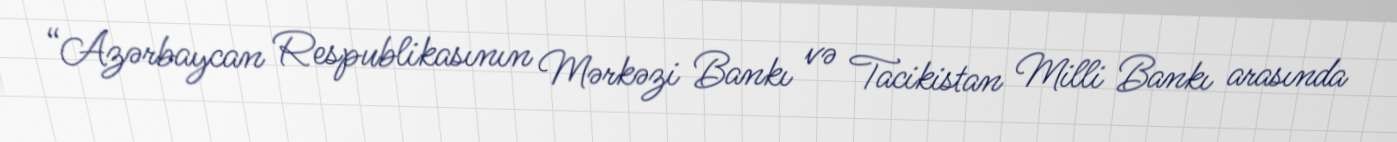
“Azərbaycan Respublikasının Mərkəzi Bankı və Tacikistan Milli Bankı arasında